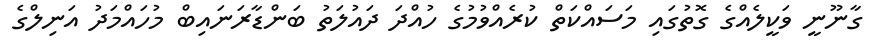
ގާނޫނީ ވަކީލެއްގެ ގޮތުގައި މަސައްކަތް ކުރެެއްވުމުގެ ހުއްދަ ދައުލަތު ބަންޑާރަނައިބް މުހައްމަދު އަނިލްގެ